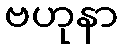
ဗဟုနာ